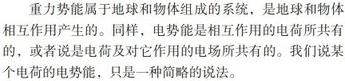
重力势能属于地球和物体组成的系统，是地球和物体相互作用产生的。同样，电势能是相互作用的电荷所共有的，或者说是电荷及对它作用的电场所共有的。我们说某一个电荷的电势能，只是一种简略的说法。